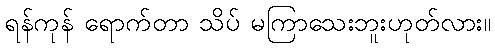
ရန်ကုန် ရောက်တာ သိပ် မကြာသေးဘူးဟုတ်လား။